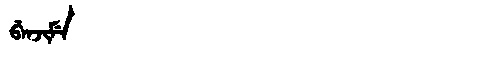
Manchu: ᠪᡝᠨᠵᡳᠮᡝ
Romanization: BENJIME